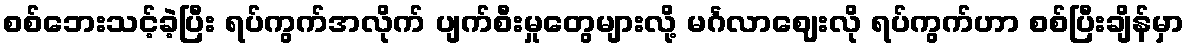
စစ်ဘေးသင့်ခဲ့ပြီး ရပ်ကွက်အလိုက် ပျက်စီးမှုတွေများလို့ မင်္ဂလာဈေးလို ရပ်ကွက်ဟာ စစ်ပြီးချိန်မှာ